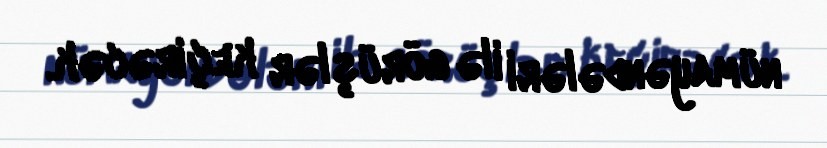
nümayəndələri ilə görüşlər keçirəcək.